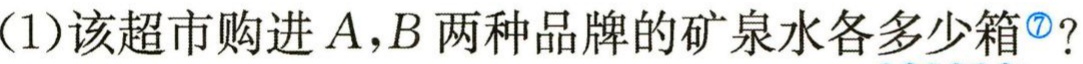
（1）该超市购进\(A,B\)两种品牌的矿泉水各多少箱？